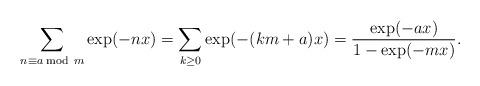
LaTeX: \begin{align*}\sum_{n\equiv a\bmod\,m}\exp(-nx)=\sum_{k\geq 0}\exp(-(km+a)x)={\exp(-ax)\over 1-\exp(-mx)}.\end{align*}